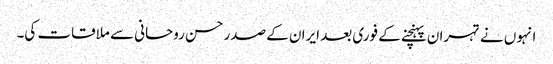
انہوں نے تہران پہنچنے کے فوری بعد ایران کے صدر حسن روحانی سے ملاقات کی۔